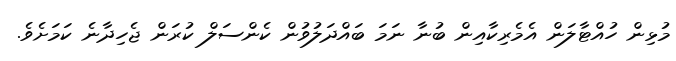
މުޅިން ހުއްޓާލަން އެމެރިކާއިން ބުނާ ނަމަ ބައްދަލުވުން ކެންސަލް ކުރަން ޖެހިދާނެ ކަމަށެވެ.